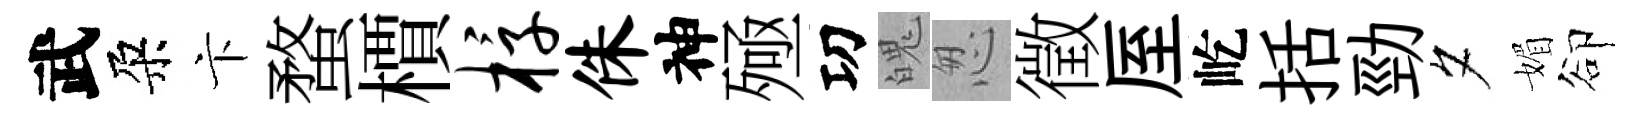
武朶卞蝥檟椁侏神殛㓛魄怱徵厔屹括勁夕媚卻